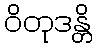
ဝိတုဒန္တိ